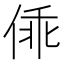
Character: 𰂓